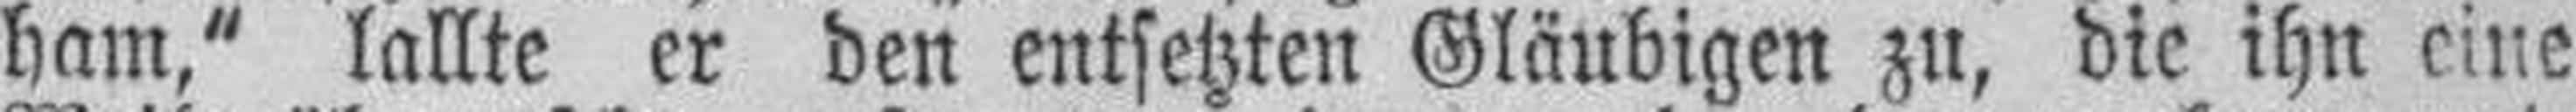
ham," lallte er den entsetzten Gläubigen zu, die ihn eine